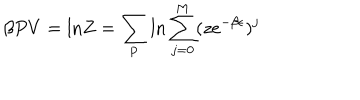
LaTeX: \beta P V = \mathrm { l n } Z = \sum _ { \bf p } \mathrm { l n } \sum _ { j = 0 } ^ { \mathrm { M } } ( z e ^ { - \beta \epsilon } ) ^ { j }